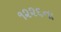
૧૨૨૬ના